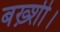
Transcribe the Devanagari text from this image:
बख़्शी।